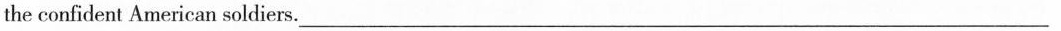
the confident American_ soldiers. ____